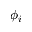
\phi _ { i }